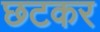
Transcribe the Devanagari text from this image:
छटकर